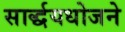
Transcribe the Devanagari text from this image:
सार्द्धयधोजने